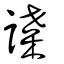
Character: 諜